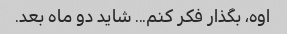
اوه، بگذار فکر کنم... شاید دو ماه بعد.